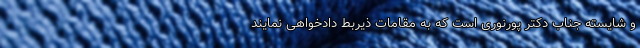
و شایسته جناب دکتر پورنوری است که به مقامات ذیربط دادخواهی نمایند